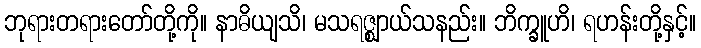
ဘုရားတရားတော်တို့ကို။ နာဓိယျသိ၊ မသရဇ္ဈာယ်သနည်း။ ဘိက္ခူဟိ၊ ရဟန်းတို့နှင့်။